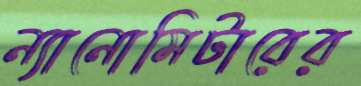
ন্যানোমিটারের